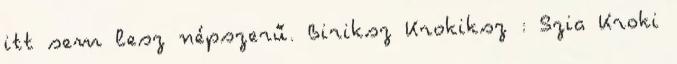
itt sem lesz népszerű. Biriksz Krokiksz : Szia Kroki